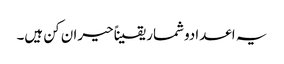
یہ اعدادوشمار یقیناً حیران کن ہیں۔